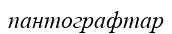
пантографтар